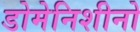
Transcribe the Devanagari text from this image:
डोमेनिशीनो